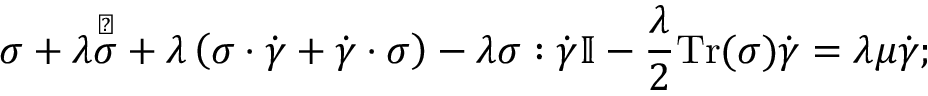
\boldsymbol { \sigma } + \lambda \overset \triangledown { \boldsymbol { \sigma } } + \lambda \left( \boldsymbol { \sigma } \cdot \dot { \boldsymbol { \gamma } } + \dot { \boldsymbol { \gamma } } \cdot \boldsymbol { \sigma } \right) - \lambda \boldsymbol { \sigma } : \dot { \boldsymbol { \gamma } } \mathbb { I } - \frac { \lambda } { 2 } \mathrm { T r } ( \boldsymbol { \sigma } ) \dot { \boldsymbol { \gamma } } = \lambda \mu \dot { \boldsymbol { \gamma } } ;